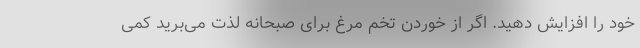
خود را افزایش دهید. اگر از خوردن تخم مرغ برای صبحانه لذت می‌برید کمی